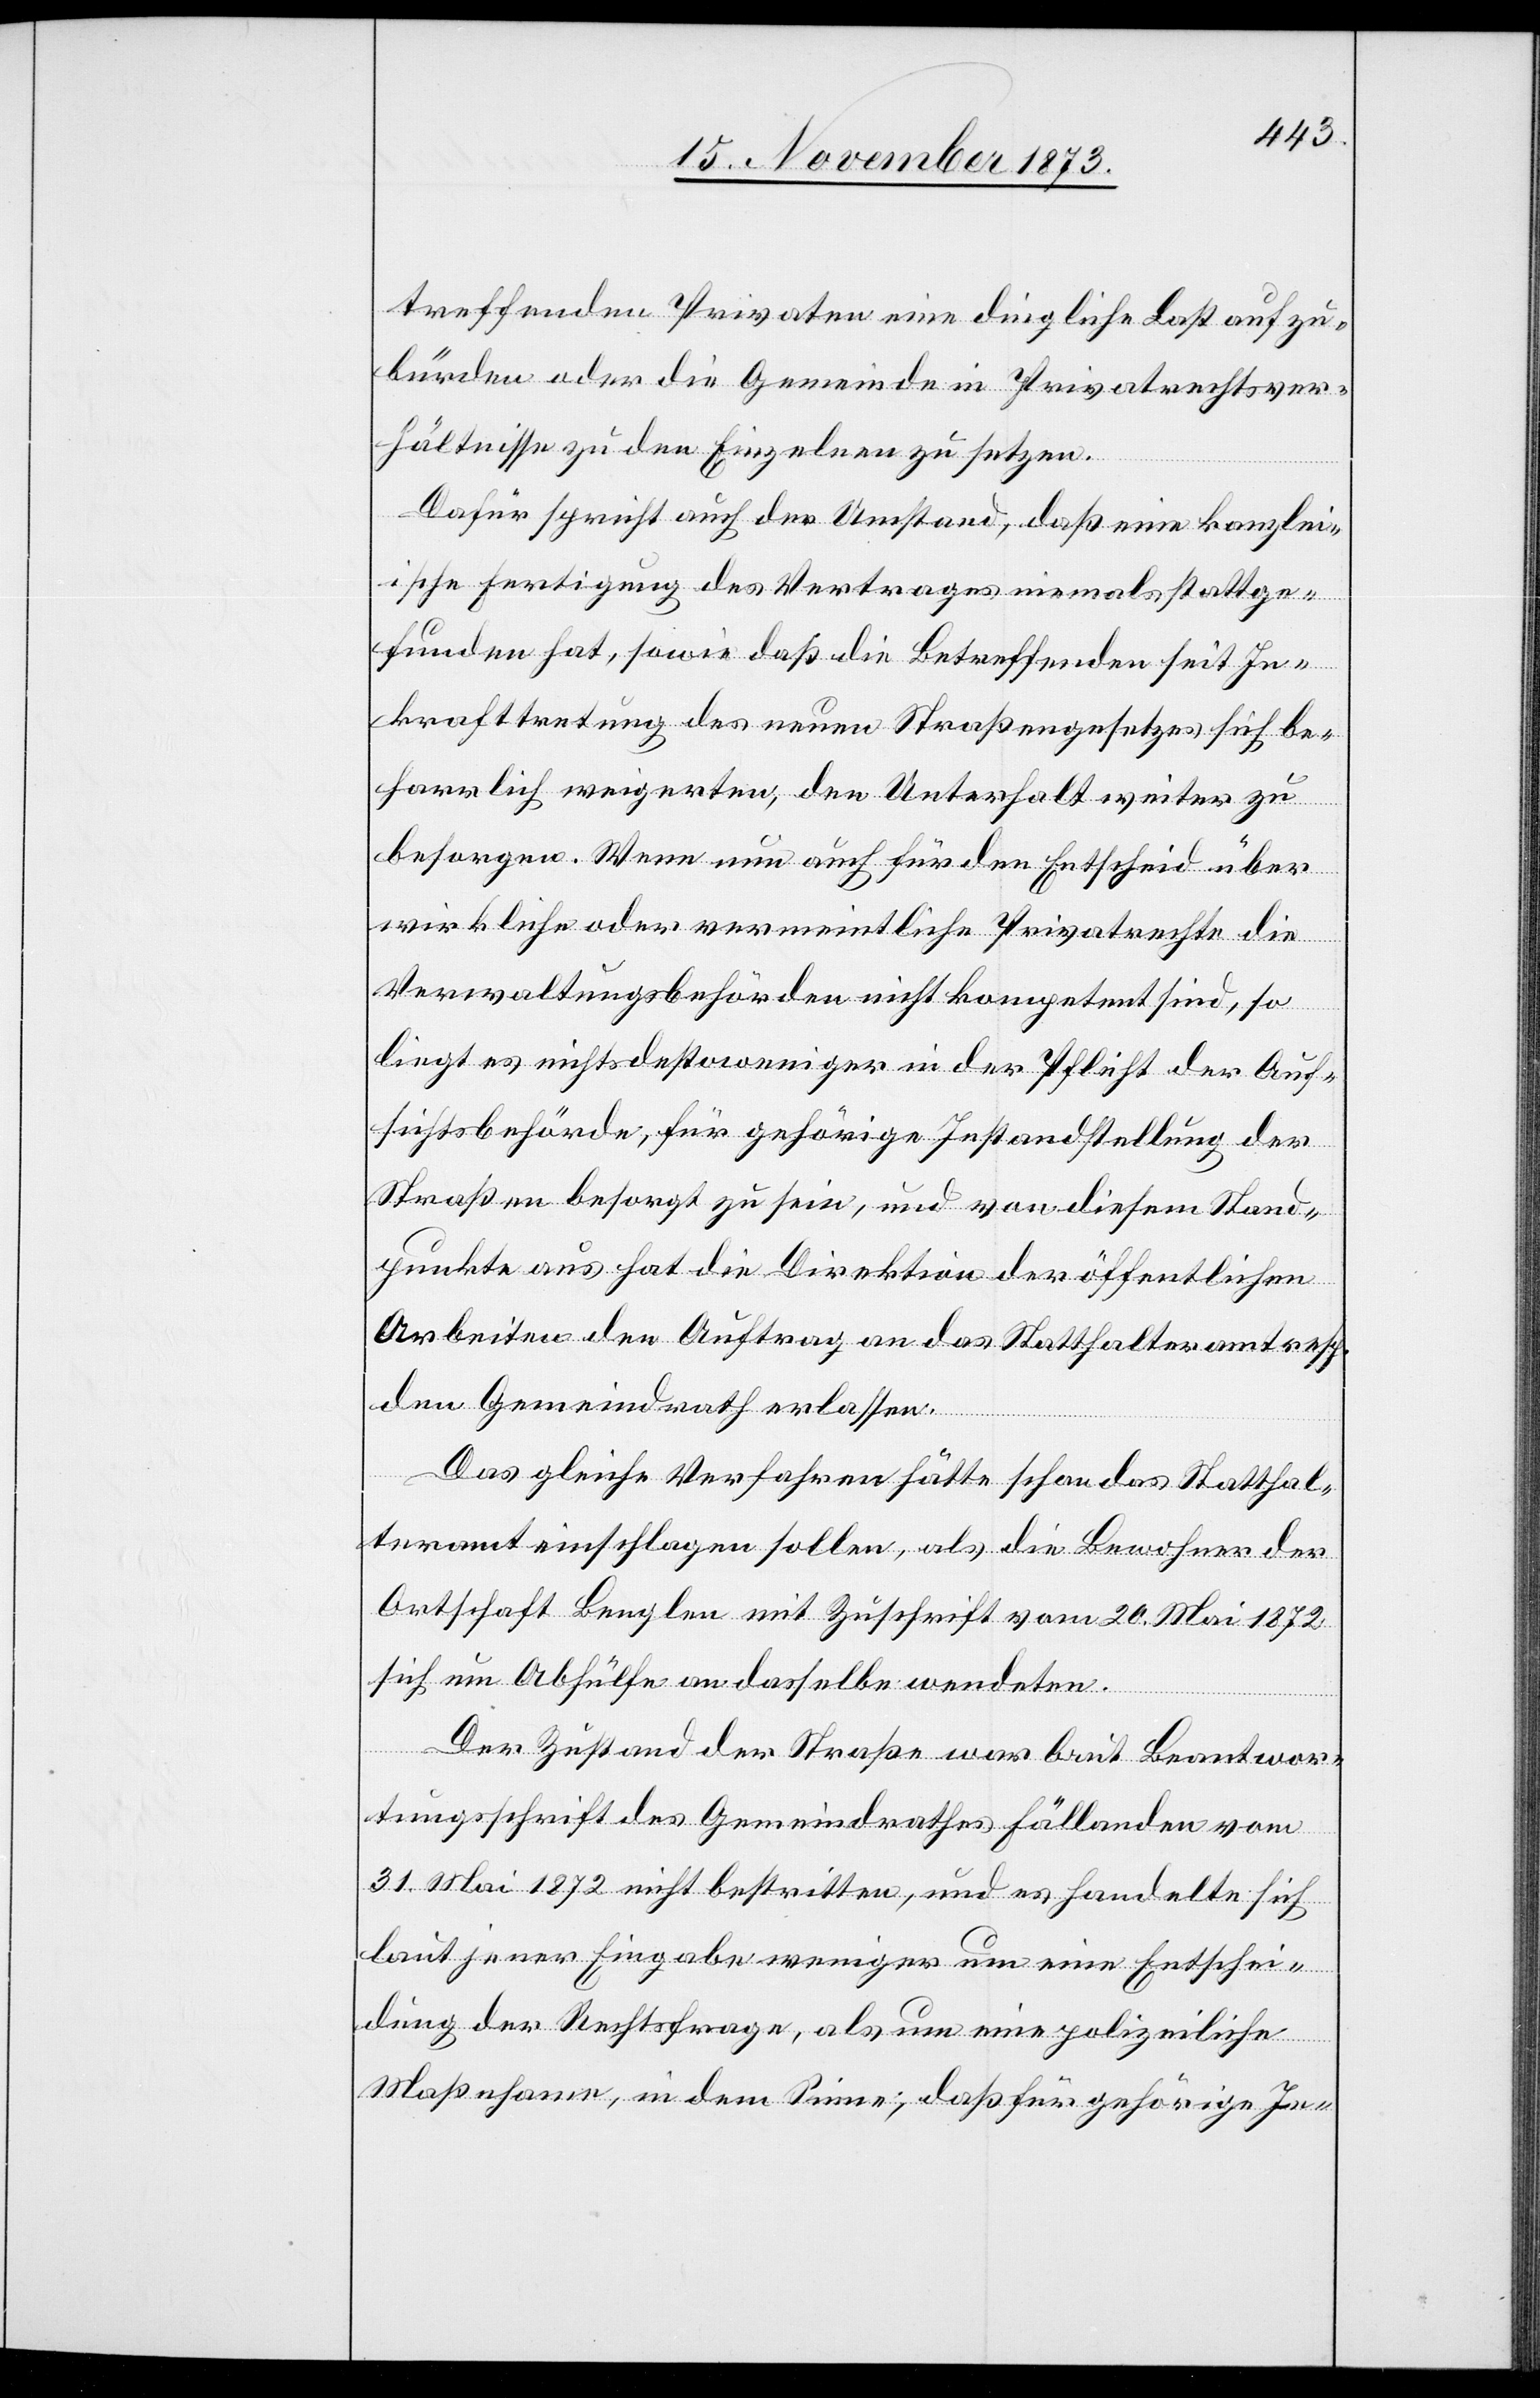
treffenden Privaten eine dingliche Last aufzu¬
bürden oder die Gemeinde in Privatrechtsver¬
hältnisse zu den Einzelnen zu setzen.
Dafür spricht auch der Umstand, daß eine kanzlei¬
ische Fertigung des Vertrages niemals stattge¬
funden hat, sowie daß die Betreffenden seit In¬
krafttretung des neuen Straßengesetzes sich be¬
harrlich weigerten, den Unterhalt weiter zu
besorgen. Wenn nun auch für den Entscheid über
wirkliche oder vermeintliche Privatrechte die
Verwaltungsbehörden nicht kompetent sind, so
liegt es nichtsdestoweniger in der Pflicht der Auf¬
sichtsbehörde, für gehörige Instandstellung der
Straßen besorgt zu sein, und von diesem Stand¬
punkte aus hat die Direktion der öffentlichen
Arbeiten den Auftrag an das Statthalteramt resp.
den Gemeindrath erlassen.
Das gleiche Verfahren hätte schon das Statthal¬
teramt einschlagen sollen, als die Bewohner der
Ortschaft Benglen mit Zuschrift vom 20. Mai 1872
sich um Abhülfe an dasselbe wendeten.
Der Zustand der Straße war laut Beantwor¬
tungsschrift des Gemeindrathes Fällanden vom
31. Mai 1872 nicht bestritten, und es handelte sich
laut jener Eingabe weniger um eine Entschei¬
dung der Rechtsfrage, als um eine polizeiliche
Maßnahme, in dem Sinne, daß für gehörige In-